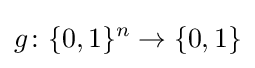
g\colon \{0,1\}^{n}\to \{0,1\}